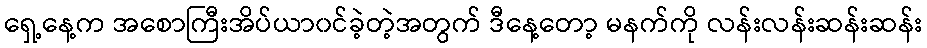
ရှေ့နေ့က အစောကြီးအိပ်ယာ၀င်ခဲ့တဲ့အတွက် ဒီနေ့တော့ မနက်ကို လန်းလန်းဆန်းဆန်း